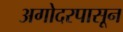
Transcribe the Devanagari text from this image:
अगोदरपासून